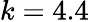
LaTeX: k=4.4